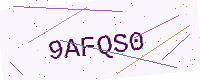
Text: 9AFQS0